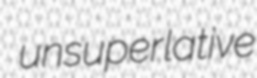
unsuperlative